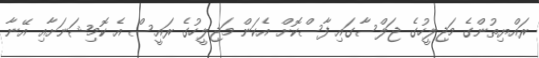
ރައްޔިތުންގެ މަޖިލީހުގެ ޖަލްސާގައި ފާސްކޮށް އެކަން މަޖިލީހުގެ ރައީސް އެ ކޮމިޝަނަށާއި އޭނާ